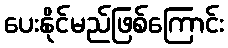
ပေးနိုင်မည်ဖြစ်ကြောင်း